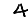
Digit: 4